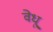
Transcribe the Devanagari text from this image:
वेधू